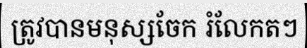
ត្រូវបានមនុស្សចែក រំលែកតៗ